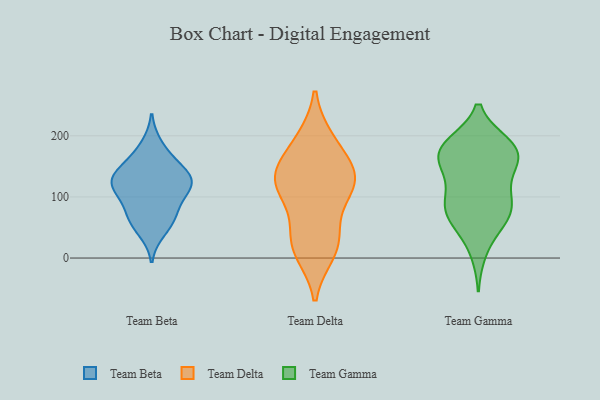
{"axis": {"x": "Gross Profit (USD K)", "y": "Value"}, "legend": ["Team Beta", "Team Delta", "Team Gamma"], "data": [{"x": "", "y": 126, "type": "Team Beta"}, {"x": "", "y": 125, "type": "Team Beta"}, {"x": "", "y": 77, "type": "Team Beta"}, {"x": "", "y": 135, "type": "Team Beta"}, {"x": "", "y": 185, "type": "Team Beta"}, {"x": "", "y": 127, "type": "Team Beta"}, {"x": "", "y": 97, "type": "Team Beta"}, {"x": "", "y": 61, "type": "Team Beta"}, {"x": "", "y": 161, "type": "Team Beta"}, {"x": "", "y": 150, "type": "Team Beta"}, {"x": "", "y": 115, "type": "Team Beta"}, {"x": "", "y": 116, "type": "Team Beta"}, {"x": "", "y": 44, "type": "Team Beta"}, {"x": "", "y": 66, "type": "Team Beta"}, {"x": "", "y": 134, "type": "Team Delta"}, {"x": "", "y": 94, "type": "Team Delta"}, {"x": "", "y": 117, "type": "Team Delta"}, {"x": "", "y": 135, "type": "Team Delta"}, {"x": "", "y": 10, "type": "Team Delta"}, {"x": "", "y": 149, "type": "Team Delta"}, {"x": "", "y": 16, "type": "Team Delta"}, {"x": "", "y": 121, "type": "Team Delta"}, {"x": "", "y": 130, "type": "Team Delta"}, {"x": "", "y": 28, "type": "Team Delta"}, {"x": "", "y": 41, "type": "Team Delta"}, {"x": "", "y": 193, "type": "Team Delta"}, {"x": "", "y": 191, "type": "Team Delta"}, {"x": "", "y": 74, "type": "Team Gamma"}, {"x": "", "y": 90, "type": "Team Gamma"}, {"x": "", "y": 184, "type": "Team Gamma"}, {"x": "", "y": 10, "type": "Team Gamma"}, {"x": "", "y": 53, "type": "Team Gamma"}, {"x": "", "y": 100, "type": "Team Gamma"}, {"x": "", "y": 148, "type": "Team Gamma"}, {"x": "", "y": 88, "type": "Team Gamma"}, {"x": "", "y": 161, "type": "Team Gamma"}, {"x": "", "y": 67, "type": "Team Gamma"}, {"x": "", "y": 173, "type": "Team Gamma"}, {"x": "", "y": 182, "type": "Team Gamma"}, {"x": "", "y": 61, "type": "Team Gamma"}, {"x": "", "y": 141, "type": "Team Gamma"}, {"x": "", "y": 187, "type": "Team Gamma"}, {"x": "", "y": 187, "type": "Team Gamma"}, {"x": "", "y": 101, "type": "Team Gamma"}, {"x": "", "y": 173, "type": "Team Gamma"}, {"x": "", "y": 148, "type": "Team Gamma"}]}